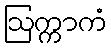
ဩက္ကာကံ